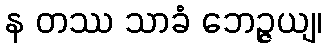
န တဿ သာခံ ဘေဉ္ဇယျ၊